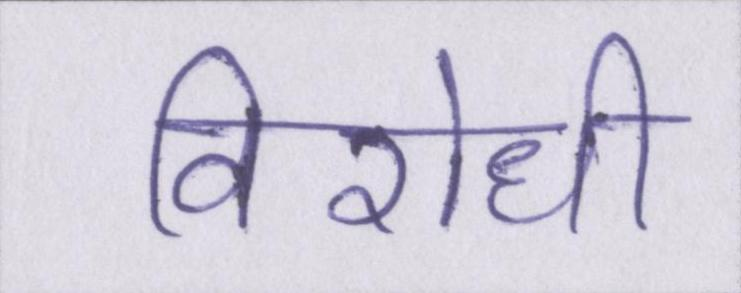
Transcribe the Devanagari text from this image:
विरोधी